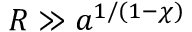
R \gg a ^ { 1 / ( 1 - \chi ) }